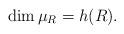
LaTeX: \begin{align*}\dim \mu_R=h(R).\end{align*}